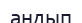
андып